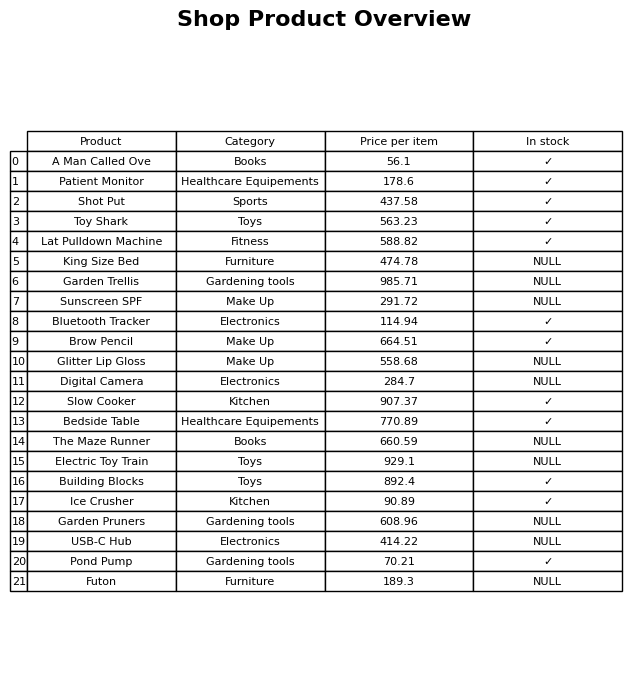
question: What is the stock status of the Pond Pump?
answer: ✓